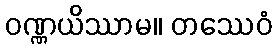
ဝဏ္ဏယိဿာမ။ တဿေဝံ